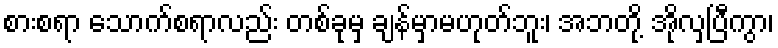
စားစရာ သောက်စရာလည်း တစ်ခုမှ ချန်မှာမဟုတ်ဘူး၊ အဘတို့ အိုလှပြီကွာ၊